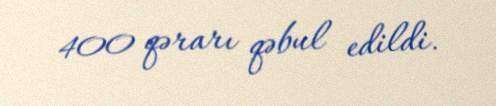
400 qərarı qəbul edildi.